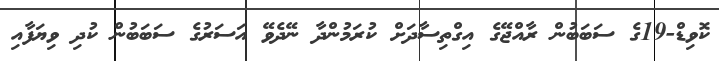
ކޮވިޑް-19ގެ ސަބަބުން ރާއްޖޭގެ އިގްތިސާދަށް ކުރަމުންދާ ނޭދެވޭ އަސަރުގެ ސަބަބުން ކުދި ވިޔަފާއި